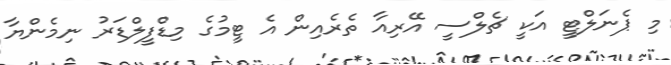
މި ޕެނަލްޓީ އަކީ ޗެލްސީ އޭރިއާ ތެރެއިން އެ ޓީމުގެ މިޑްފީލްޑަރު ނިމެންޔާ